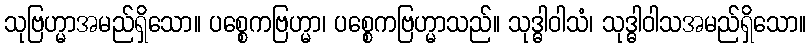
သုဗြဟ္မာအမည်ရှိသော။ ပစ္စေကဗြဟ္မာ၊ ပစ္စေကဗြဟ္မာသည်။ သုဒ္ဓါဝါသံ၊ သုဒ္ဓါဝါသအမည်ရှိသော။